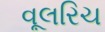
વૂલરિચ